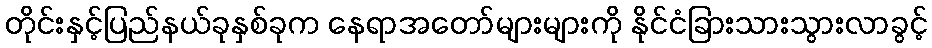
တိုင်းနှင့်ပြည်နယ်ခုနှစ်ခုက နေရာအတော်များများကို နိုင်ငံခြားသားသွားလာခွင့်